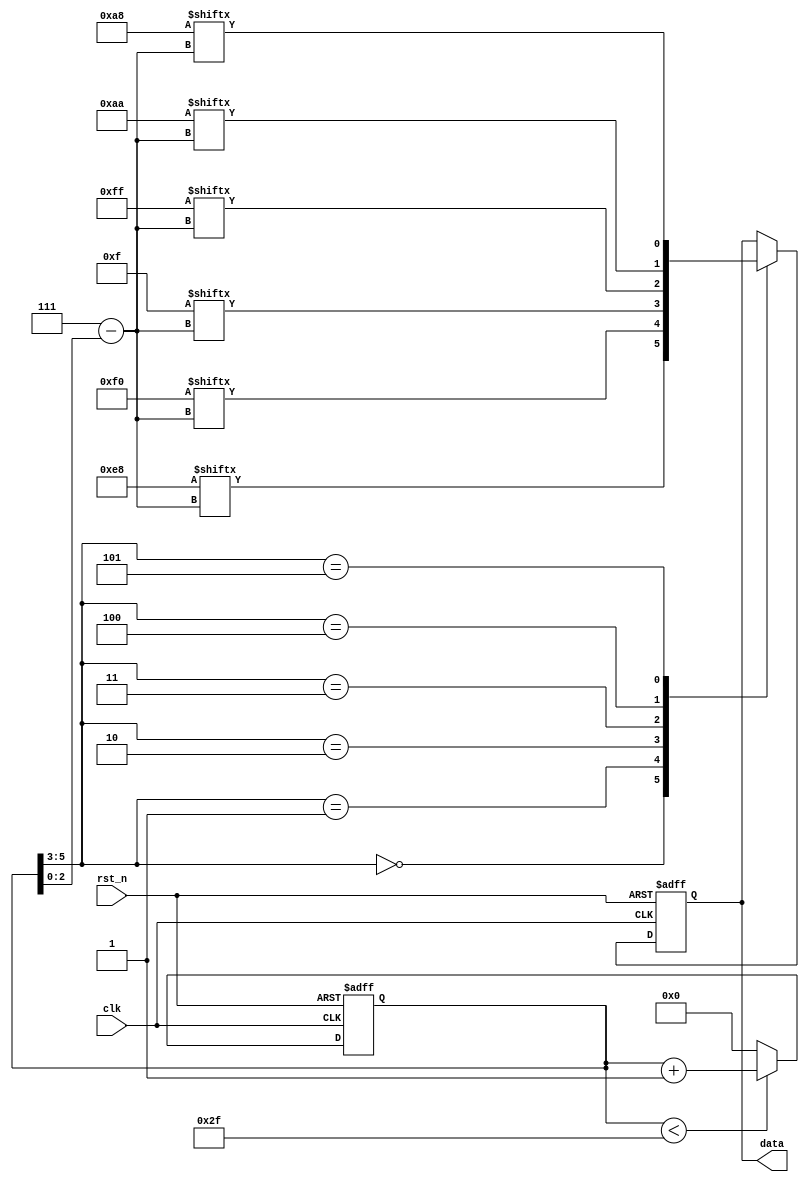
module seq_generator(
	input					clk,
	input					rst_n,
	output	reg		data
);

	parameter HEAD  = 8'b11101000;
	parameter DATA0 = 8'b11110000;
	parameter DATA1 = 8'b00001111;
	parameter DATA2 = 8'b11111111;
	parameter DATA3 = 8'b10101010;
	parameter SUM   = 8'b10101000;

	reg [5:0] bit_cnt;

always @ (posedge clk or negedge rst_n)
begin 
	if(!rst_n)
		bit_cnt <= 1'b0;
	else if(bit_cnt < 6'd47)
		bit_cnt <= bit_cnt + 1'b1;
	else
		bit_cnt <= 1'b0;
end
	
always @ (posedge clk or negedge rst_n)
begin 
	if(!rst_n)
		data <= 1'b0;
	else
		case(bit_cnt[5:3])
			3'b000 : data <= HEAD[3'd7-bit_cnt[2:0]];
			3'b001 : data <= DATA0[3'd7-bit_cnt[2:0]];
			3'b010 : data <= DATA1[3'd7-bit_cnt[2:0]];
			3'b011 : data <= DATA2[3'd7-bit_cnt[2:0]];
			3'b100 : data <= DATA3[3'd7-bit_cnt[2:0]];
			3'b101 : data <= SUM[3'd7-bit_cnt[2:0]];
		endcase
end

endmodule